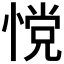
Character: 𰑿